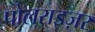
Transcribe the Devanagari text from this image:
पोलराइज़र